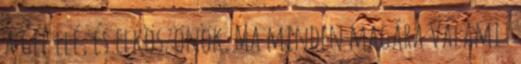
a gép elé, és elköszönök. Ma minden magára valamit